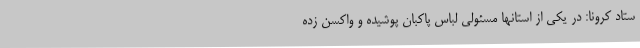
ستاد کرونا: در یکی از استانها مسئولی لباس پاکبان پوشیده و واکسن زده